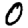
Digit: 0